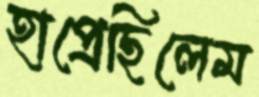
হাপ্‌রেছিলেম